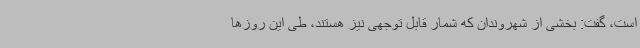
است، گفت: بخشی از شهروندان که شمار قابل توجهی نیز هستند، طی این روزها